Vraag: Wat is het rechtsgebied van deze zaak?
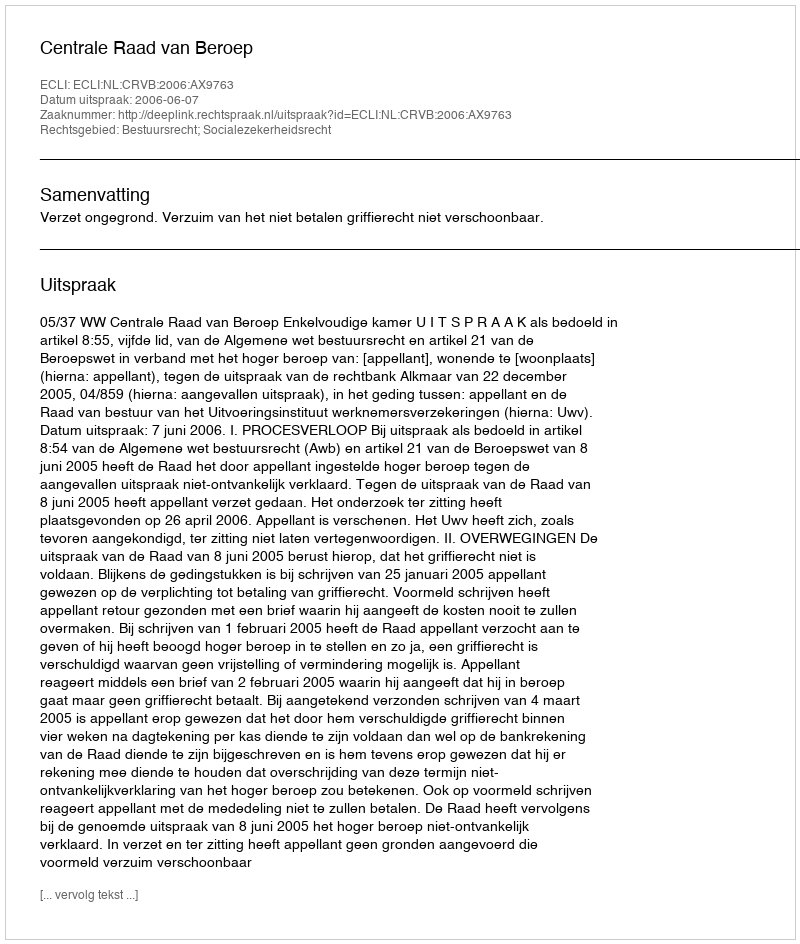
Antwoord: Bestuursrecht; Socialezekerheidsrecht